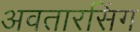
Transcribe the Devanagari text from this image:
अवतारसिंग